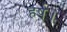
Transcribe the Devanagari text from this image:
हर्ष।